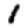
Digit: 1